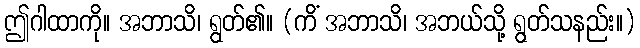
ဤဂါထာကို။ အဘာသိ၊ ရွတ်၏။ (ကိံ အဘာသိ၊ အဘယ်သို့ ရွတ်သနည်း။)